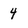
Character: 4